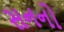
સનનો